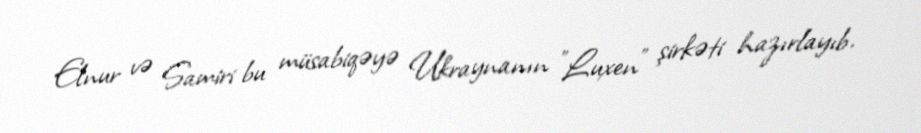
Elnur və Samiri bu müsabiqəyə Ukraynanın "Luxen" şirkəti hazırlayıb.